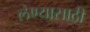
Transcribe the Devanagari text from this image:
लेण्यासाठी